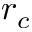
r _ { c }